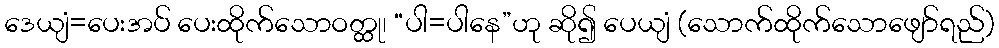
ဒေယျံ=ပေးအပ် ပေးထိုက်သောဝတ္ထု၊ “ပါ=ပါနေ”ဟု ဆို၍ ပေယျံ (သောက်ထိုက်သောဖျော်ရည်)